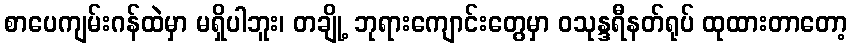
စာပေကျမ်းဂန်ထဲမှာ မရှိပါဘူး၊ တချို့ ဘုရားကျောင်းတွေမှာ ဝသုန္ဒရီနတ်ရုပ် ထုထားတာတော့